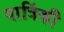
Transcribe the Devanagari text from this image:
यात्रिंकी